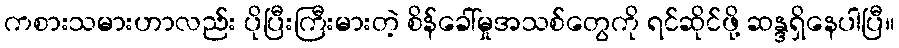
ကစားသမားဟာလည်း ပိုပြီးကြီးမားတဲ့ စိန်ခေါ်မှုအသစ်တွေကို ရင်ဆိုင်ဖို့ ဆန္ဒရှိနေပါပြီ။